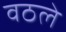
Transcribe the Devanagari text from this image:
वठले